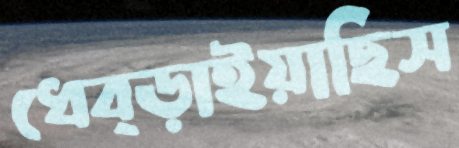
ধেব্‌ড়াইয়াছিস